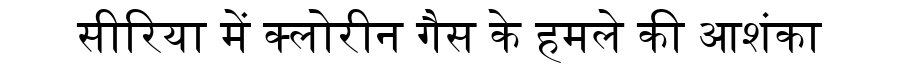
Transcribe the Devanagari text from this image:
सीरिया में क्लोरीन गैस के हमले की आशंका